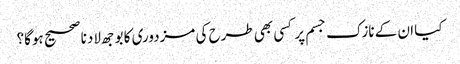
کیا ان کے نازک جسم پر کسی بھی طرح کی مزدوری کا بوجھ لادنا صحیح ہوگا؟